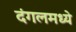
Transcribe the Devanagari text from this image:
दंगलमध्ये